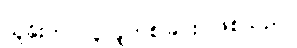
သူခိုးက လူလူဟစ်ခြင်း ဖြစ်သည်။